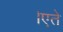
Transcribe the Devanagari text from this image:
।एते